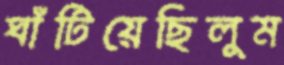
ঘাঁটিয়েছিলুম